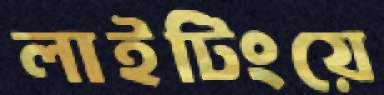
লাইটিংয়ে